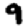
Digit: 9